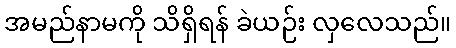
အမည်နာမကို သိရှိရန် ခဲယဉ်း လှလေသည်။